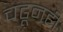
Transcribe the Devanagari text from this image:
चढूनही